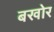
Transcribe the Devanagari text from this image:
बखोर